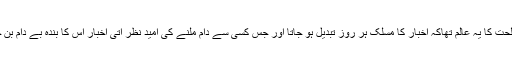
مصلحت کا یہ عالم تھاکہ اخبار کا مسلک ہر روز تبدیل ہو جاتا اور جس کسی سے دام ملنے کی امید نظر آتی اخبار اس کا بندہ بے دام بن جاتا۔